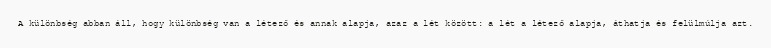
A különbség abban áll, hogy különbség van a létező és annak alapja, azaz a lét között: a lét a létező alapja, áthatja és felülmúlja azt.